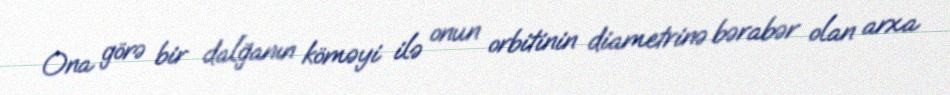
Ona görə bir dalğanın köməyi ilə onun orbitinin diametrinə bərabər olan arxa